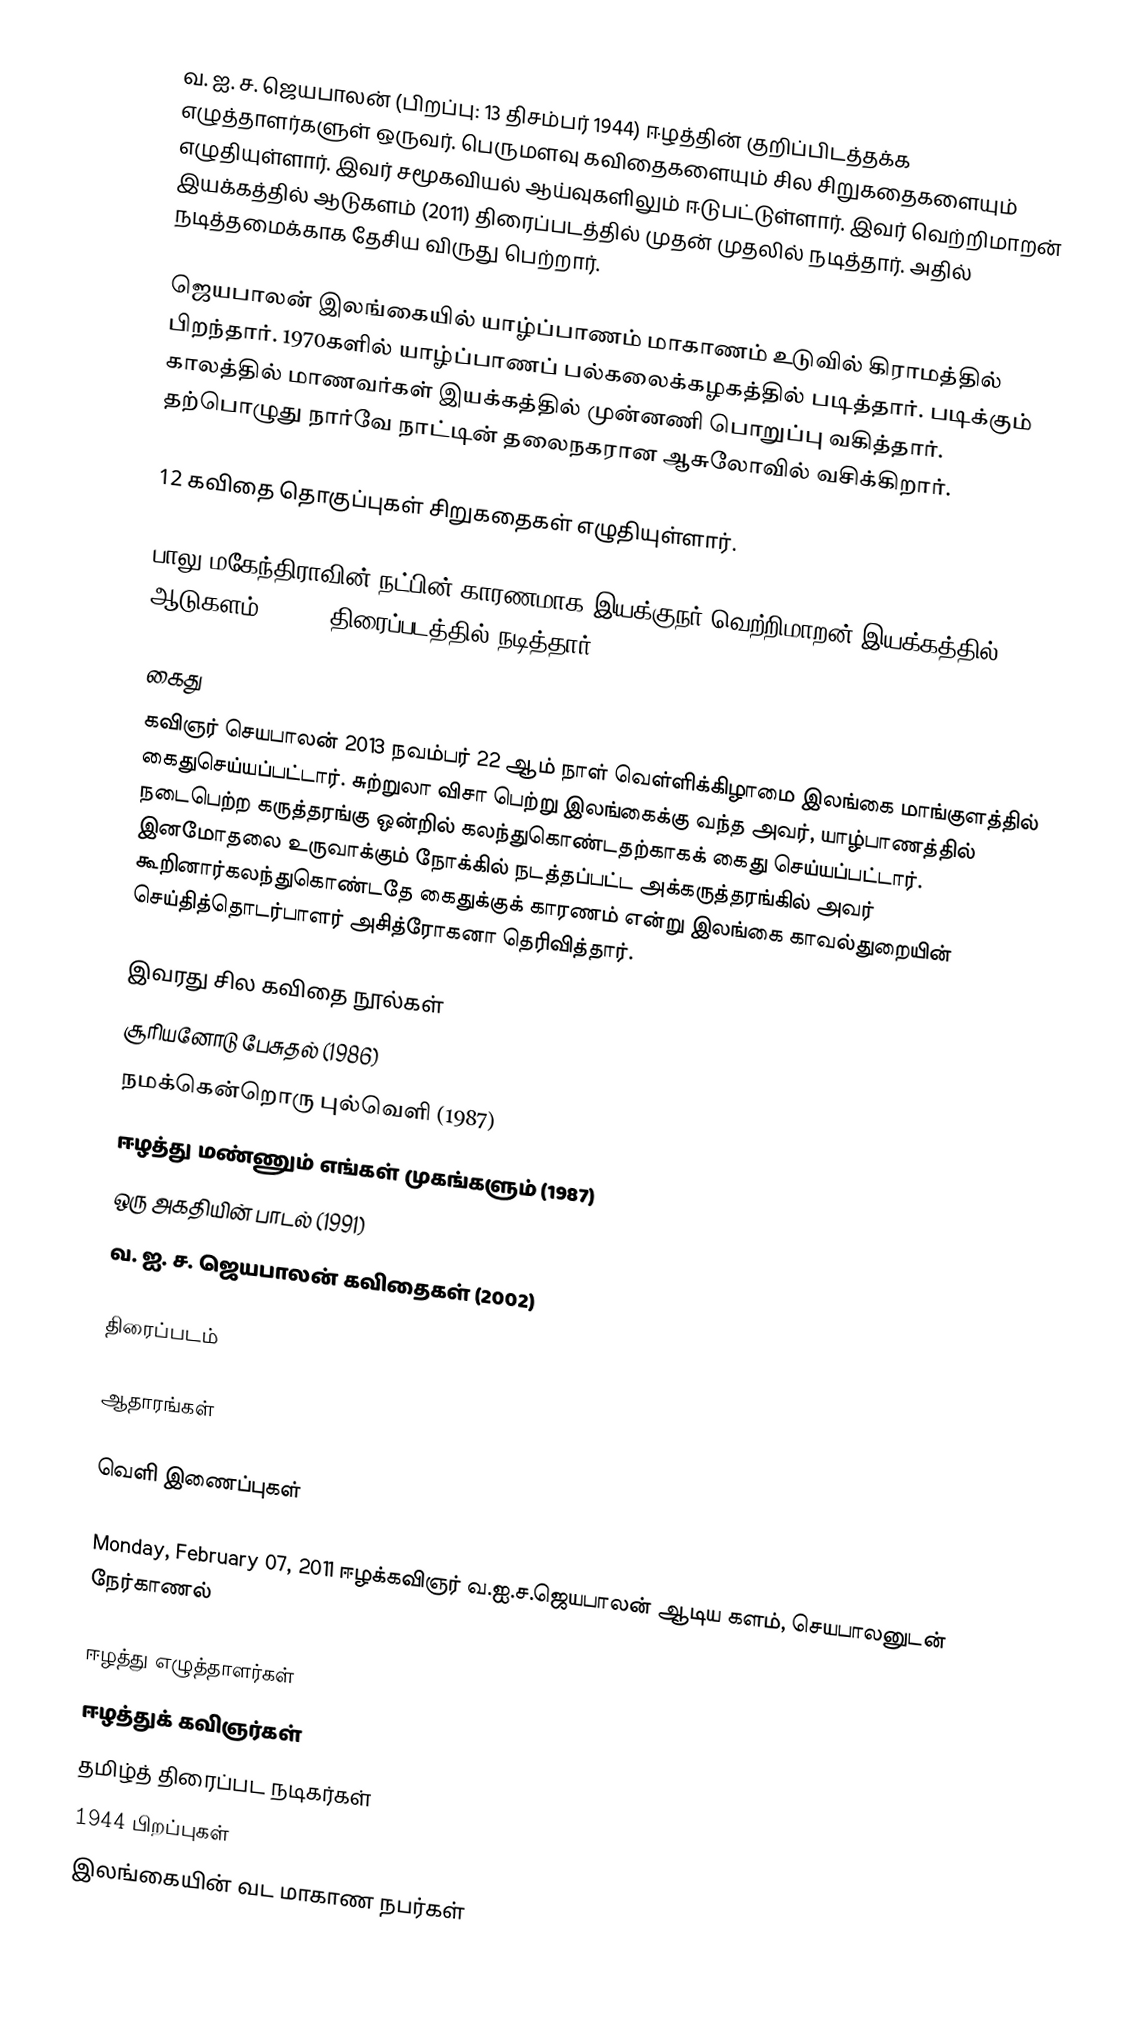
வ. ஐ. ச. ஜெயபாலன் (பிறப்பு: 13 திசம்பர் 1944) ஈழத்தின் குறிப்பிடத்தக்க எழுத்தாளர்களுள் ஒருவர். பெருமளவு கவிதைகளையும் சில சிறுகதைகளையும் எழுதியுள்ளார். இவர் சமூகவியல் ஆய்வுகளிலும் ஈடுபட்டுள்ளார். இவர் வெற்றிமாறன் இயக்கத்தில் ஆடுகளம் (2011) திரைப்படத்தில் முதன் முதலில் நடித்தார். அதில் நடித்தமைக்காக தேசிய விருது பெற்றார்.

ஜெயபாலன் இலங்கையில் யாழ்ப்பாணம் மாகாணம் உடுவில் கிராமத்தில் பிறந்தார். 1970களில் யாழ்ப்பாணப் பல்கலைக்கழகத்தில் படித்தார். படிக்கும் காலத்தில் மாணவர்கள் இயக்கத்தில் முன்னணி பொறுப்பு வகித்தார். தற்பொழுது நார்வே நாட்டின் தலைநகரான ஆசுலோவில் வசிக்கிறார்.

12 கவிதை தொகுப்புகள் சிறுகதைகள் எழுதியுள்ளார்.

பாலு மகேந்திராவின் நட்பின் காரணமாக இயக்குநர் வெற்றிமாறன் இயக்கத்தில் ஆடுகளம் (2011) திரைப்படத்தில் நடித்தார்.

கைது
கவிஞர் செயபாலன் 2013 நவம்பர் 22 ஆம் நாள் வெள்ளிக்கிழாமை இலங்கை மாங்குளத்தில் கைதுசெய்யப்பட்டார். சுற்றுலா விசா பெற்று இலங்கைக்கு வந்த அவர், யாழ்பாணத்தில் நடைபெற்ற கருத்தரங்கு ஒன்றில் கலந்துகொண்டதற்காகக் கைது செய்யப்பட்டார். இனமோதலை உருவாக்கும் நோக்கில் நடத்தப்பட்ட அக்கருத்தரங்கில் அவர் கூறினார்கலந்துகொண்டதே கைதுக்குக் காரணம் என்று இலங்கை காவல்துறையின் செய்தித்தொடர்பாளர் அசித்ரோகனா தெரிவித்தார்.

இவரது சில கவிதை நூல்கள்
 சூரியனோடு பேசுதல் (1986)
 நமக்கென்றொரு புல்வெளி (1987)
 ஈழத்து மண்ணும் எங்கள் முகங்களும் (1987)
 ஒரு அகதியின் பாடல் (1991)
 வ. ஐ. ச. ஜெயபாலன் கவிதைகள் (2002)

திரைப்படம்

ஆதாரங்கள்

வெளி இணைப்புகள்

Monday, February 07, 2011 ஈழக்கவிஞர் வ.ஐ.ச.ஜெயபாலன் ஆடிய களம், செயபாலனுடன் நேர்காணல்

ஈழத்து எழுத்தாளர்கள்
ஈழத்துக் கவிஞர்கள்
தமிழ்த் திரைப்பட நடிகர்கள்
1944 பிறப்புகள்
இலங்கையின் வட மாகாண நபர்கள்